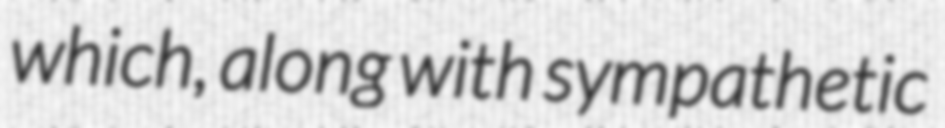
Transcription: which, along with sympathetic